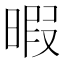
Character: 暇